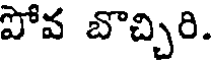
పోవ బొచ్చిరి.